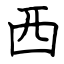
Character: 西